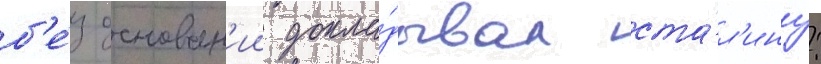
б'е́з основан'ии докла́дывал ста́л'ину: